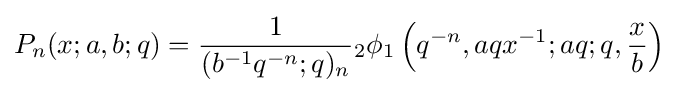
P_{n}(x;a,b;q)={\frac {1}{(b^{-1}q^{-n};q)_{n}}}{}_{2}\phi _{1}\left(q^{-n},aqx^{-1};aq;q,{\frac {x}{b}}\right)